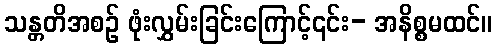
သန္တတိအစဉ် ဖုံးလွှမ်းခြင်းကြောင့်၎င်း- အနိစ္စမထင်။